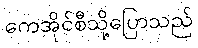
ကေအိုင်စီသို့ပြောသည်